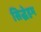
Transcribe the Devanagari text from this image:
सिद्धेहम